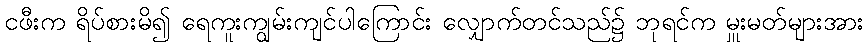
ငဖီးက ရိပ်စားမိ၍ ရေကူးကျွမ်းကျင်ပါကြောင်း လျှောက်တင်သည်၌ ဘုရင်က မှူးမတ်များအား